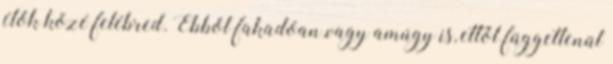
élők közé felébred. Ebből fakadóan.vagy amúgy is, ettől függetlenül